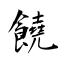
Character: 饒